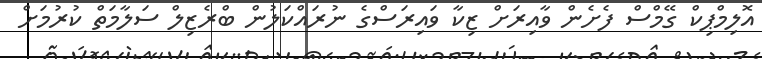
އޮލިމްޕިކް ގޭމްސް ފެށެން ވާއިރަށް ޒިކާ ވައިރަސްގެ ނުރައްކަލުން ބްރެޒިލް ސަލާމަތް ކުރުމަށް